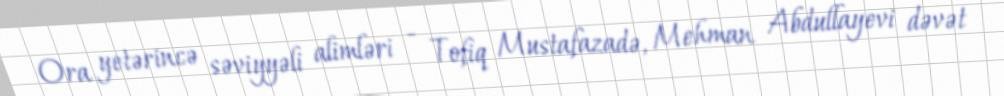
Ora yetərincə səviyyəli alimləri - Tofiq Mustafazadə, Mehman Abdullayevi dəvət